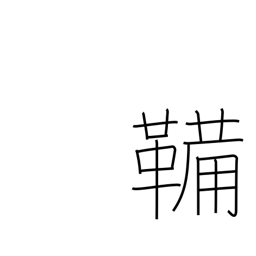
Meaning: bellows